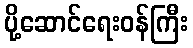
ပို့ဆောင်ရေးဝန်ကြီး